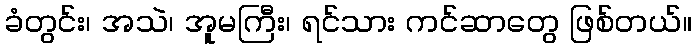
ခံတွင်း၊ အသဲ၊ အူမကြီး၊ ရင်သား ကင်ဆာတွေ ဖြစ်တယ်။